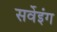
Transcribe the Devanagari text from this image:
सर्वेइंग